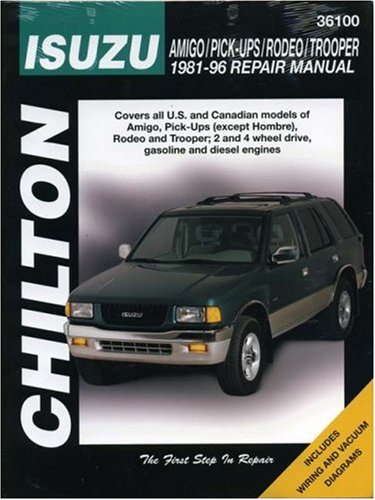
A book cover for Isuzu Amigo, Pick-ups, Rodeo, and Trooper, 1981-96 (Chilton Total Car Care Series Manuals); Chilton; Engineering & Transportation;